Report of the Indian Hemp Drugs Commission, 1894-1895 - Volume IV
Year: 1894
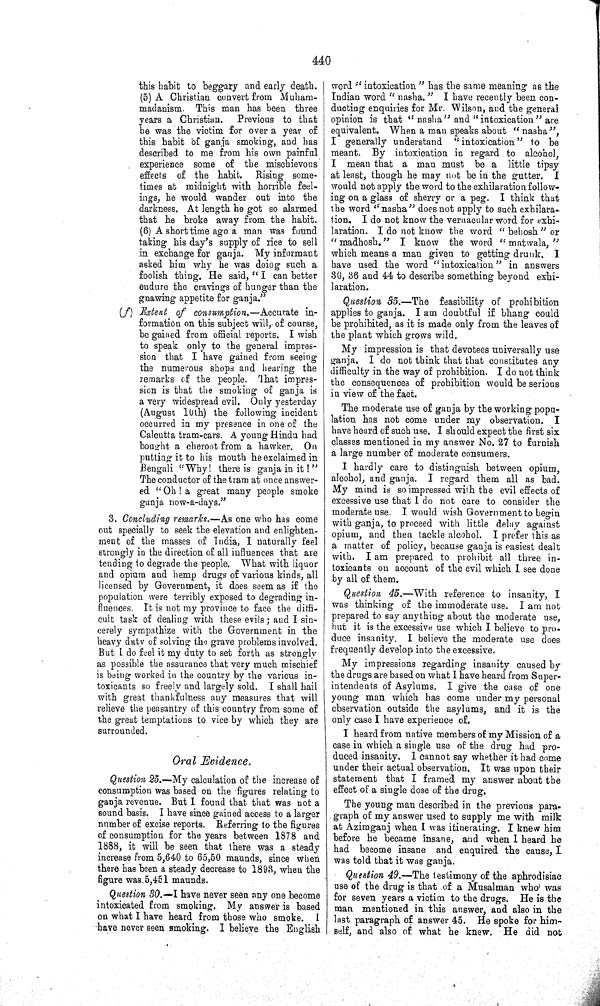
440
this habit to beggary and early death.
(5) A Christian convert from Muham-
madanism. This man has been three
years a Christian. Previous to that
he was the victim for over a year of
this habit of ganja smoking, and has
described to me from his own painful
experience some of the mischievous
effects of the habit. Rising some-
times at midnight with horrible feel-
ings, he would wander out into the
darkness. At length he got so alarmed
that he broke away from the habit.
(6) A short time ago a man was found
taking his day's supply of rice to sell
in exchange for ganja. My informant
asked him why he was doing such a
foolish thing. He said, "I can better
endure the cravings of hunger than the
gnawing appetite for ganja."
(f) Extent of consumption.—Accurate in-
formation on this subject will, of course,
be gained from official reports. I wish
to speak only to the general impres-
sion that I have gained from seeing
the numerous shops and hearing the
remarks of the people. That impres-
sion is that the smoking of ganja is
a very widespread evil. Only yesterday
(August 10th) the following incident
occurred in my presence in one of the
Calcutta tram-cars. A young Hindu had
bought a cheroot from a hawker. On
putting it to his mouth he exclaimed in
Bengali "Why! there is ganja in it!"
The conductor of the tram at once answer-
ed "Oh! a great many people smoke
ganja now-a-days."
3. Concluding remarks.—As one who has come
out specially to seek the elevation and enlighten-
ment of the masses of India, I naturally feel
strongly in the direction of all influences that are
tending to degrade the people. What with liquor
and opium and hemp drugs of various kinds, all
licensed by Government, it does seem as if the
population were terribly exposed to degrading in-
fluences. It is not my province to face the diffi-
cult task of dealing with these evils; and I sin-
cerely sympathize with the Government in the
heavy duty of solving the grave problems involved.
But I do feel it my duty to set forth as strongly
as possible the assurance that very much mischief
is being worked in the country by the various in-
toxicants so freely and largely sold. I shall hail
with great thankfulness any measures that will
relieve the peasantry of this country from some of
the great temptations to vice by which they are
surrounded.
Oral Evidence.
Question 25.—My calculation of the increase of
consumption was based on the -figures relating to
ganja revenue. But I found that that was not a
sound basis. I have since gained access to a larger
number of excise reports. Referring to the figures
of consumption for the years between 1878 and
1888, it will be seen that there was a steady
increase from 5,640 to 65,50 maunds, since when
there has been a steady decrease to 1893, when the
figure was. 5,451 maunds.
Question 30.—I have never seen any one become
intoxicated from smoking. My answer is based
on what I have heard from those who smoke. I
have never seen smoking. I believe the English
word "intoxication" has the same meaning as the
Indian word "nasha." I have recently been con-
ducting enquiries for Mr. Wilson, and the general
opinion is that "nasha" and "intoxication" are
equivalent. When a man speaks about "nasha",
I generally understand "intoxication" to be
meant. By intoxication in regard to alcohol,
I mean that a man must be a little tipsy
at least, though he may not be in the gutter.
I
would not apply the word to the exhilaration follow-
ing on a glass of sherry or a peg. I think that
the word "nasha" does not apply to such exhilara-
tion. I do not know the vernacular word for exhi-
laration. I do not know the word "behosh" or
"madhosh."
I know the word
"matwala,"
which means a man given to getting drunk. I
have used the word "intoxication" in answers
30, 36 and 44 to describe something beyond exhi-
laration.
Question 35.—The feasibility of prohibition
applies to ganja. I am doubtful if bhang could
be prohibited, as it is made only from the leaves of
the plant which grows wild.
My impression is that devotees universally use
ganja. I do not think that that constitutes any
difficulty in the way of prohibition. I do not think
the consequences of prohibition would be serious
in view of the fact.
The moderate use of ganja by the working popu-
lation has not come under my observation. I
have heard of such use. I should expect the first six
classes mentioned in my answer No. 27 to furnish
a large number of moderate consumers.
I hardly care to distinguish between opium,
alcohol, and ganja. I regard them all as bad.
My mind is so impressed with the evil effects of
excessive use that I do not care to consider the
moderate use. I would wish Government to begin
with ganja, to proceed with little delay against
opium, and then tackle alcohol. I prefer this as
a matter of policy, because ganja is easiest dealt
with. I am prepared to prohibit all three in-
toxicants on account of the evil which I see done
by all of them.
Question 45.—With reference to insanity, I
was thinking of the immoderate use. I am not
prepared to say anything about the moderate use,
but it is the excessive use which I believe to pro-
duce insanity. I believe the moderate use does
frequently develop into the excessive.
My impressions regarding insanity caused by
the drugs are based on what I have heard from Super-
intendents of Asylums. I give the case of one
young man which has come under my personal
observation outside the asylums, and it is the
only case I have experience of.
I heard from native members of my Mission of a
case in which a single use of the drug had pro-
duced insanity. I cannot say whether it had come
under their actual observation. It was upon their
statement that I framed my answer about the
effect of a single dose of the drug.
The young man described in the previous para-
graph of my answer used to supply me with milk
at Azimganj when I was itinerating. I knew him
before he became insane, and when I heard he
had become insane and enquired the cause, I
was told that it was ganja.
Question 49.—The testimony of the aphrodisiac
use of the drug is that of a Musalman who was
for seven years a victim to the drugs. He is the
man mentioned in this answer, and also in the
last paragraph of answer 45. He spoke for him-
self, and also of what he knew. He did not